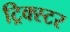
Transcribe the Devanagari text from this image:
ट्रिक्स्टर